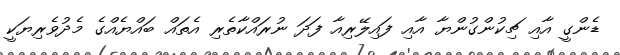
ޑެންގީ އާއި ޗިކުންގުންޔާ އާއި ފައިލޭރިއާ ފަދަ ނުރައްކާތެރި އެތައް ބައްޔެއްގެ މެދުވެރިޔަކީ